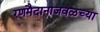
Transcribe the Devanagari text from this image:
रणमैदानाजवळच्या